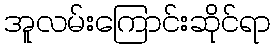
အူလမ်းကြောင်းဆိုင်ရာ